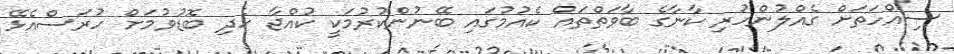
ސިއްހަތަށް ގެއްލުންހުރި ކާނާގެ ބާވަތްތައް ކެއުމުގައި ބޭނުންކުރުމަކީ ކުއްޖާ ހެދި ބޮޑުވުމަށް ހުރަސްއެޅޭ